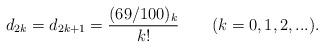
LaTeX: \begin{align*}d_{2k} = d_{2k+1} = \frac{(69/100 )_k}{k! }\qquad{(k=0,1,2,...)} .\end{align*}